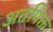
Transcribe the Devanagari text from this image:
अतपिक्त